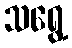
သရွေ့